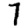
Digit: 7